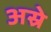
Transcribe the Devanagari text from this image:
अस्रे